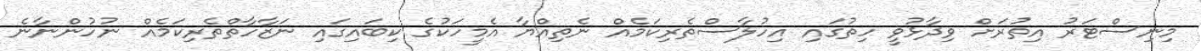
މިނިސްޓަރު އިތުރަށް ވިދާޅުވީ ހިތުގައި އިހުލާސްތެރިކަމެއް ނެތިއްޔާ އެމީހަކުގެ ކިބައިގައި ނަޒާހާތްތެރިކަމެއް ނުހުންނާނެ